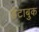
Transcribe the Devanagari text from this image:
डेटाबुक